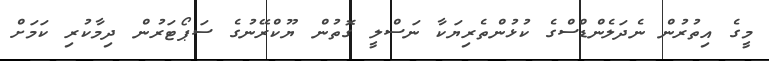
މީގެ އިތުރުން ނެދަލެންޑްސްގެ ކުޅުންތެރިޔަކާ ނަސްލީ ގޮތުން ޔޫކްރޭނުގެ ސަޕޯޓަރުން ދިމާކުރި ކަމަށް